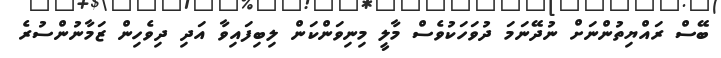
ބޭސް ރައްޔިތުންނަށް ނުދޭނަމަ ދުވަހަކުވެސް މާލީ މިނިވަންކަން ލިބިފައިވާ އަދި ދިވެހިން ޒަމާނުންސުރެ